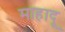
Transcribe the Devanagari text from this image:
माहादू